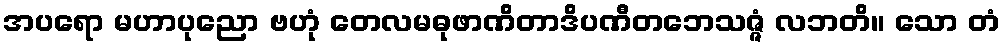
အပရော မဟာပုညော ဗဟုံ တေလမဓုဖာဏိတာဒိပဏီတဘေသဇ္ဇံ လဘတိ။ သော တံ